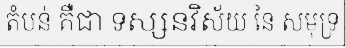
តំបន់ គឺជា ទស្សនវិស័យ នៃ សមុទ្រ